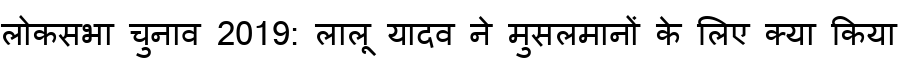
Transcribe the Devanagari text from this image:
लोकसभा चुनाव 2019: लालू यादव ने मुसलमानों के लिए क्या किया